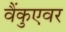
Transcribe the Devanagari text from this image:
वैंकुएवर